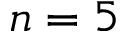
n = 5